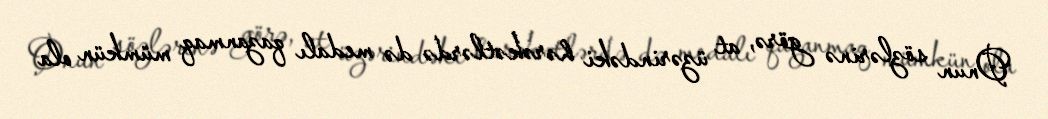
Onun sözlərinə görə, at üzərindəki hərəkətlərdə də medalı qazanmaq mümkün ola